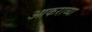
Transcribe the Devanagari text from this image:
आकराव्या